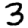
Digit: 3